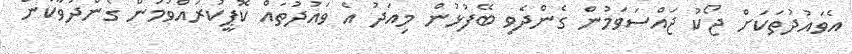
އެވައުދުތަކަށް ޖޯކު ޖައްސަވަމުން ގެންދެވި ބޭފުޅުން މިއަދު އެ ވައުދުތައް ކޮޕީކުރައްވަމުން ގެންދަވާކަން